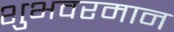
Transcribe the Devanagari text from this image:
शुभवरमान